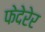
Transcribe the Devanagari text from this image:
फेदेरेर